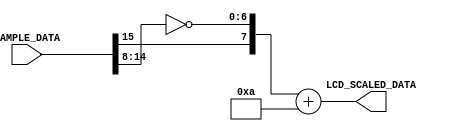
`timescale 1ns / 1ps
//////////////////////////////////////////////////////////////////////////////////
// Company: Case Western Reserve University
// 
// Project Name:   EECS301 Digital Design
// Design Name:    Lab #7 Project
// Module Name:    LCD_Sample_Data_Scaler
// Target Devices: Altera Cyclone V
// Tool versions:  Quartus v15.0
// Description:    LCD Sample Data Scaler
//	                Scale the Two's Complement Sample Data to fit the vertical
//                 LCD screen rows, and flip data to match LCD Row 0 at top.
// Dependencies:   
//
//////////////////////////////////////////////////////////////////////////////////

module LCD_Sample_Data_Scaler
#(
	parameter SAMPLE_WIDTH = 16,
	parameter SCALED_WIDTH = 9
)
(
	// Input Signals
	input  [SAMPLE_WIDTH-1:0] SAMPLE_DATA,
	
	// Output Signals
	output [SCALED_WIDTH-1:0] LCD_SCALED_DATA
);

	localparam LCD_ROWS = 272;
	localparam LCD_OFFSET = 10;

	// NOTE: Ideally, a scaling factor multiplication would be used
	//       to scale the sample data to lcd rows, but for time-constraint
	//       simpilcity a simple truncation to scale to 256 instead of 272 
	//       will be done.  This may be updated later.

	assign LCD_SCALED_DATA = { 1'b0, SAMPLE_DATA[SAMPLE_WIDTH-1], ~SAMPLE_DATA[SAMPLE_WIDTH-2 -: SCALED_WIDTH-2] } + LCD_OFFSET[SCALED_WIDTH-1:0];

endmodule